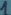
Text: 1